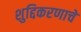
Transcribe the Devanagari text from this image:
शुद्दिकरणाचे